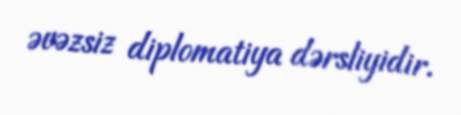
əvəzsiz diplomatiya dərsliyidir.